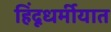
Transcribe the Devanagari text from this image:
हिंदूधर्मीयात